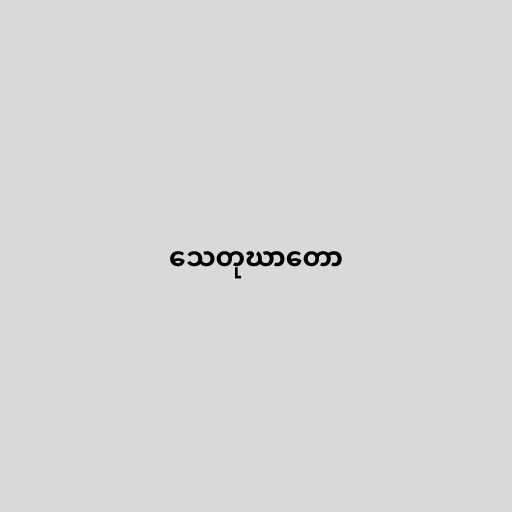
သေတုဃာတော